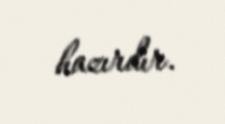
hazırdır.